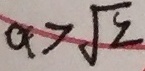
a > \sqrt { 2 }